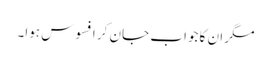
مگر ان کا جواب جان کر افسوس ہوا۔